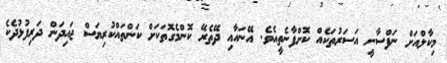
މިކާލްއަށް ނަފްސާނީ އަސަރުތަކެއް ކޮށްފާނެތީއެވެ. އޭނައާއި ދޭތެރޭ ކޮންމެގޮތަކަށް ކަންތައްކުރިޔަސް ޖައިދަން ދަރިފުޅުދެކެ